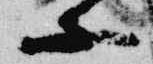
等